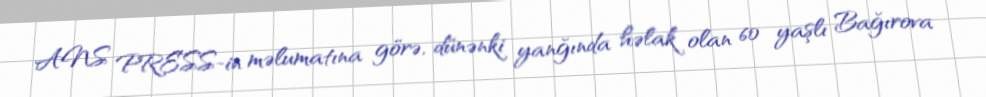
ANS PRESS-in məlumatına görə, dünənki yanğında həlak olan 60 yaşlı Bağırova